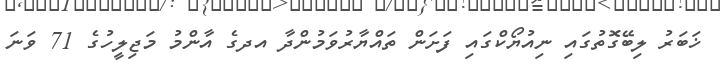
ޚަބަރު ލިބޭގޮތުގައި ނިއުޔޯކްގައި ފަށަން ތައްޔާރުވަމުންދާ އދގެ އާންމު މަޖިލީހުގެ 71 ވަނަ